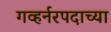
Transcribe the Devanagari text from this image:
गव्हर्नरपदाच्या